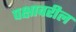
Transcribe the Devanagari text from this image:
पक्षावरील